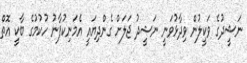
ނަޝީދުގެ ވަކީލުން ވިދާޅުވަނީ ނަޝީދު ޖަލަށް ގެންދިޔައީ އެމަނިކުފާނު ހުކުމުގެ ބާކީ އޮތް